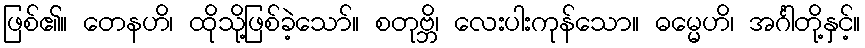
ဖြစ်၏။ တေနဟိ၊ ထိုသို့ဖြစ်ခဲ့သော်။ စတုဗ္ဘိ၊ လေးပါးကုန်သော။ ဓမ္မေဟိ၊ အင်္ဂါတို့နှင့်။